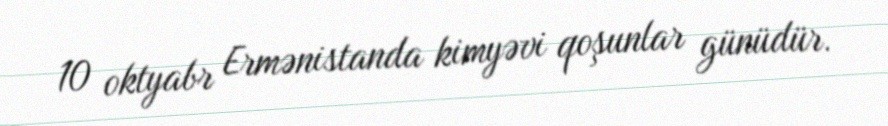
10 oktyabr Ermənistanda kimyəvi qoşunlar günüdür.